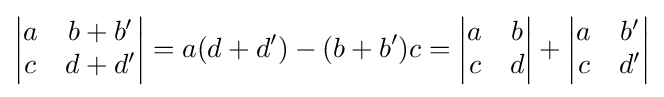
{\begin{vmatrix}a&b+b'\\c&d+d'\end{vmatrix}}=a(d+d')-(b+b')c={\begin{vmatrix}a&b\\c&d\end{vmatrix}}+{\begin{vmatrix}a&b'\\c&d'\end{vmatrix}}